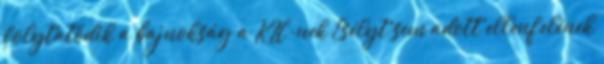
folytatódik a bajnokság a KLC-nek Esélyt sem adott ellenfelének